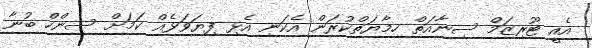
އެއީ ޓޫރިޒަމް ސިނާއަތް ހިމާޔަތްކުރަން އެކަނި އެޅި ފިޔަވަޅެއް ކަމަށް ސިންހް ބުނާ